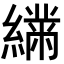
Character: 𦅧